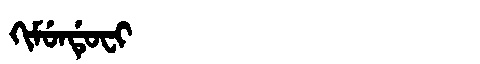
Manchu: ᡴᡳᠮᡠᠨᡩᡠᠸᡳ
Romanization: KIMUNDUFI